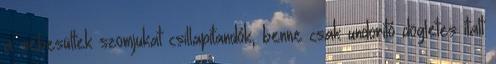
a sebesültek szomjukat csillapítandók, benne csak undorító dögletes italt